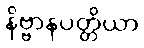
နိဗ္ဗာနပတ္တိယာ